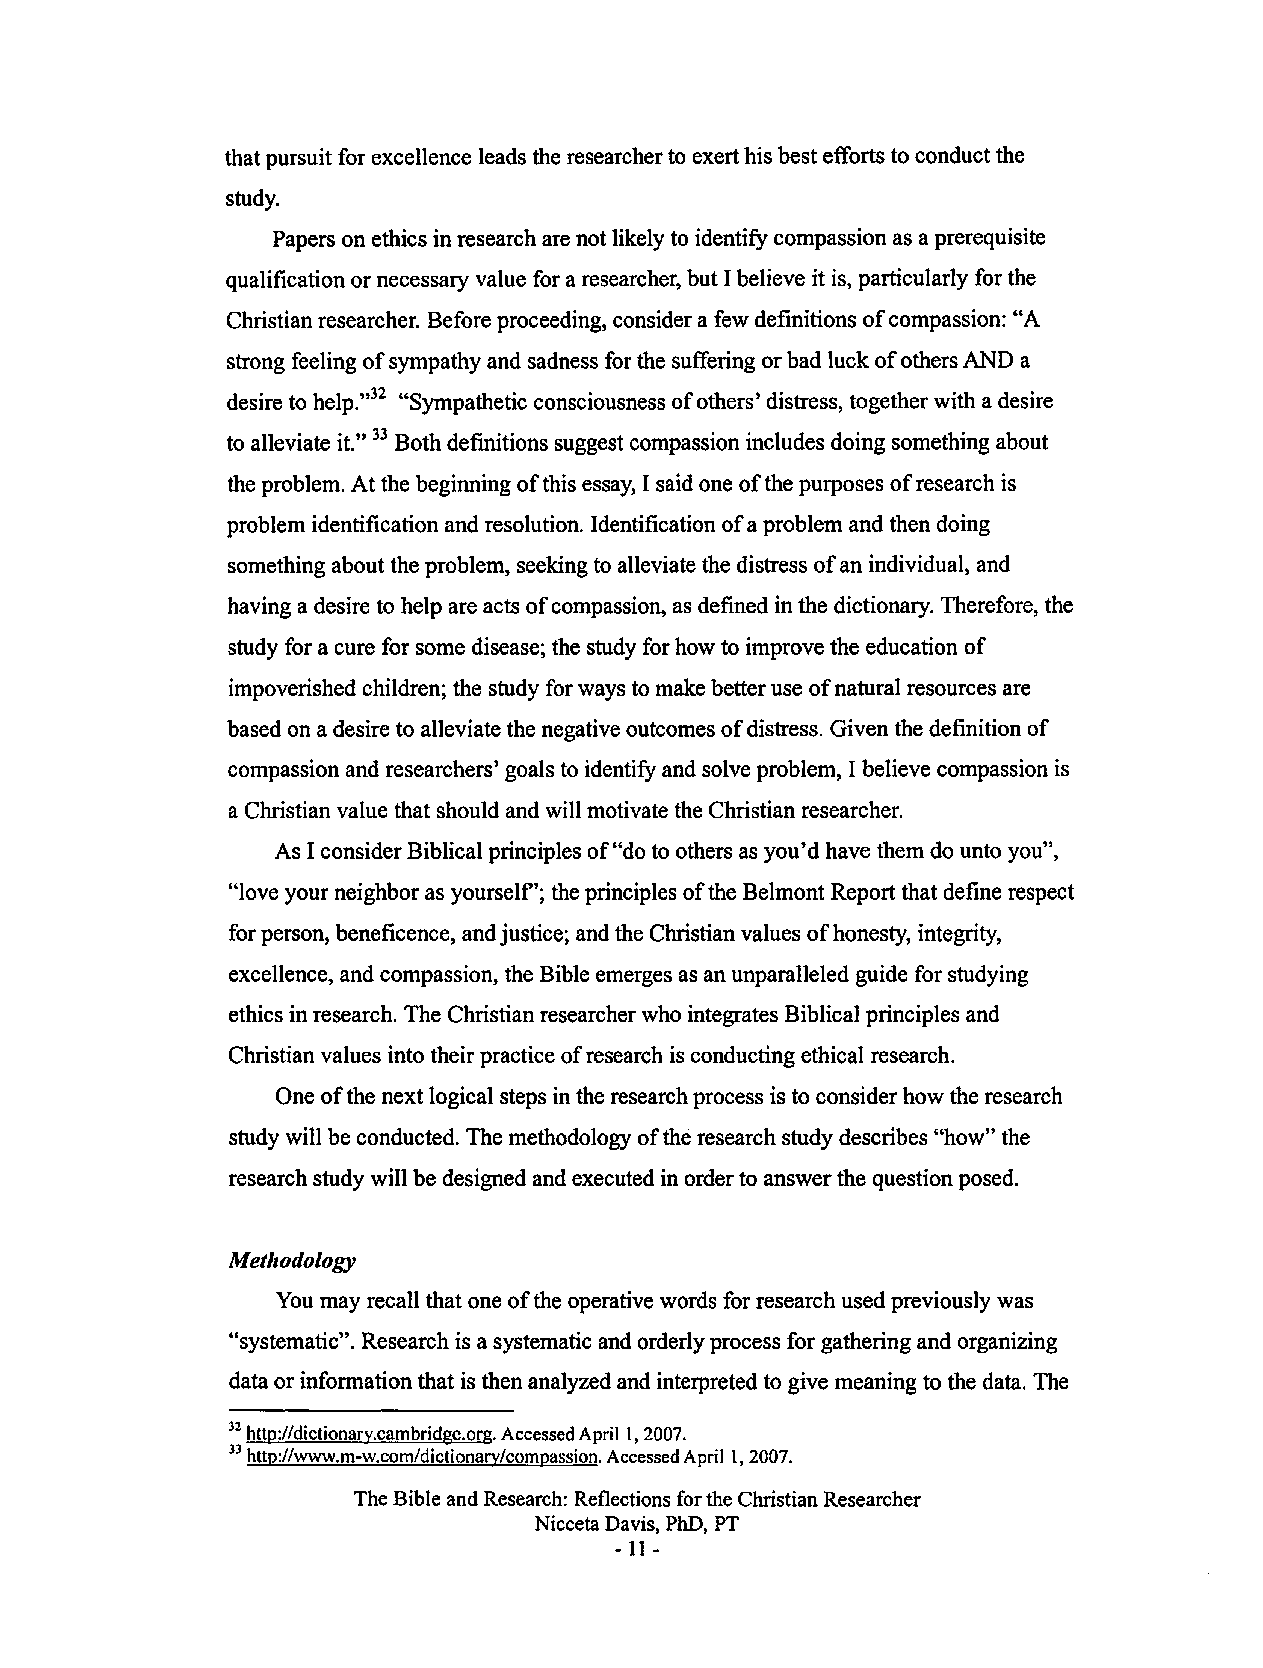
that pursuit for excellence leads the researcher to exert his best efforts to conduct the
 study.
 Papers on ethics in research are not likely to identify compassion as a prerequisite
 qualification or necessary value for a researcher, but I believe it is, particularly for the
 Christian researcher. Before proceeding, consider a few definitions of compassion: "A
 strong feeling of sympathy and sadness for the suffering or bad luck of others AND a
 desire to help."32 "Sympathetic consciousness of others' distress, together with a desire
 to alleviate it." 33 Both definitions suggest compassion includes doing something about
 the problem. At the beginning of this essay, I said one of the purposes of research is
 problem identification and resolution. Identification of a problem and then doing
 something about the problem, seeking to alleviate the distress of an individual, and
 having a desire to help are acts of compassion, as defined in the dictionary. Therefore, the
 study for a cure for some disease; the study for how to improve the education of
 impoverished children; the study for ways to make better use of natural resources are
 based on a desire to alleviate the negative outcomes of distress. Given the definition of
 compassion and researchers' goals to identify and solve problem, I believe compassion is
 a Christian value that should and will motivate the Christian researcher.
 As I consider Biblical principles of"do to others as you'd have them do unto you",
 "love your neighbor as yourself'; the principles of the Belmont Report that define respect
 for person, beneficence, and justice; and the Christian values of honesty, integrity,
 excellence, and compassion, the Bible emerges as an unparalleled guide for studying
 ethics in research. The Christian researcher who integrates Biblical principles and
 Christian values into their practice of research is conducting ethical research.
 One of the next logical steps in the research process is to consider how the research
 study will be conducted. The methodology of the research study describes "how" the
 research study will be designed and executed in order to answer the question posed.
 Methodology
 You may recall that one of the operative words for research used previously was
 "systematic". Research is a systematic and orderly process for gathering and organizing
 data or information that is then analyzed and interpreted to give meaning to the data. The
 32 http://dictionary.cambridge.org. Accessed April 1, 2007.
 33 http://www.m-w.com/dictionary/compassion. Accessed April 1, 2007.
 The Bible and Research: Reflections for the Christian Researcher
 Nicceta Davis, PhD, PT
 - 11-